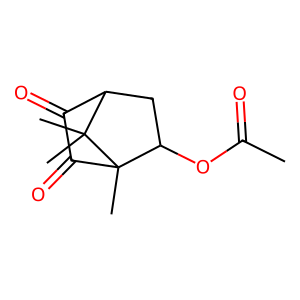
SMILES: CC(=O)OC1CC2C(=O)C(=O)C1(C)C2(C)C
Inhibits HIV replication: No